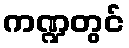
ကဏ္ဍတွင်